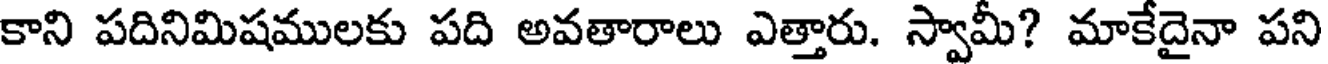
కాని పదినిమిషములకు పది అవతారాలు ఎత్తారు. స్వామీ? మాకేదైనా పని